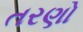
તરણો